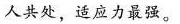
人共处，适应力最强。